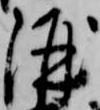
酒